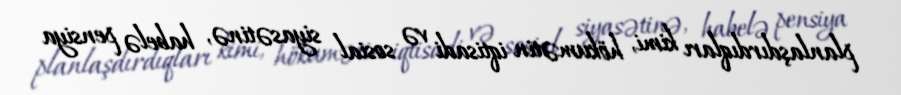
planlaşdırdıqları kimi, hökumətin iqtisadi və sosial siyasətinə, habelə pensiya